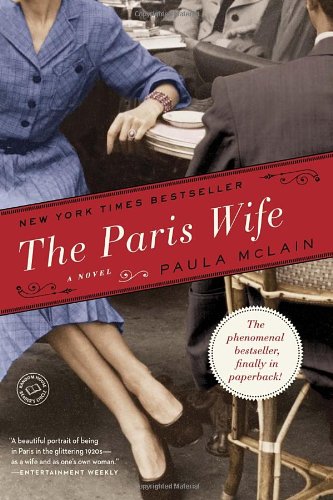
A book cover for The Paris Wife; Paula McLain; Literature & Fiction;